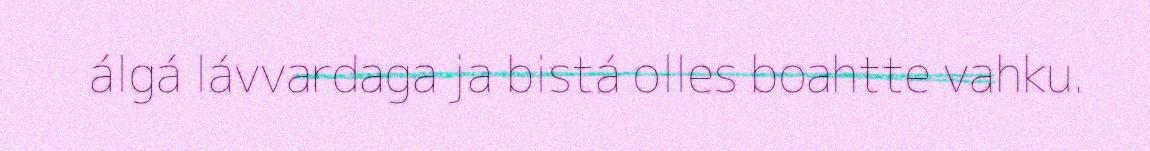
álgá lávvardaga ja bistá olles boahtte vahku.